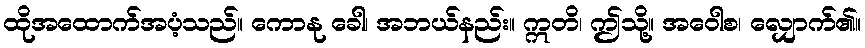
ထိုအထောက်အပံ့သည်။ ကောနု ခေါ၊ အဘယ်နည်း။ ဣတိ၊ ဤသို့။ အဝေါစ၊ လျှောက်၏။